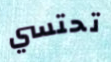
تحتسي